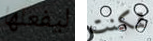
ليفعلها تمكنت